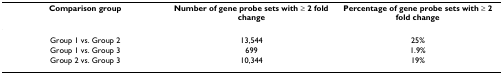
<table><thead><tr><td><b>Comparison group</b></td><td><b>Number of gene probe sets with ≥ 2 fold change</b></td><td><b>Percentage of gene probe sets with ≥ 2 fold change</b></td></tr></thead><tbody><tr><td>Group 1 vs. Group 2</td><td>13,544</td><td>25%</td></tr><tr><td>Group 1 vs. Group 3</td><td>699</td><td>1.9%</td></tr><tr><td>Group 2 vs. Group 3</td><td>10,344</td><td>19%</td></tr></tbody></table>